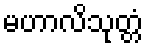
မဟာလိသုတ္တံ